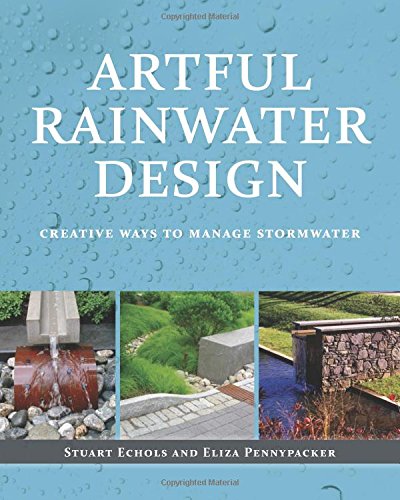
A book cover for Artful Rainwater Design: Creative Ways to Manage Stormwater; Stuart Echols; Arts & Photography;